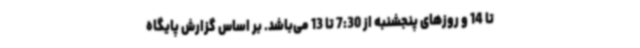
تا 14 و روزهای پنجشنبه از 7:30 تا 13 می‌باشد. بر اساس گزارش پایگاه